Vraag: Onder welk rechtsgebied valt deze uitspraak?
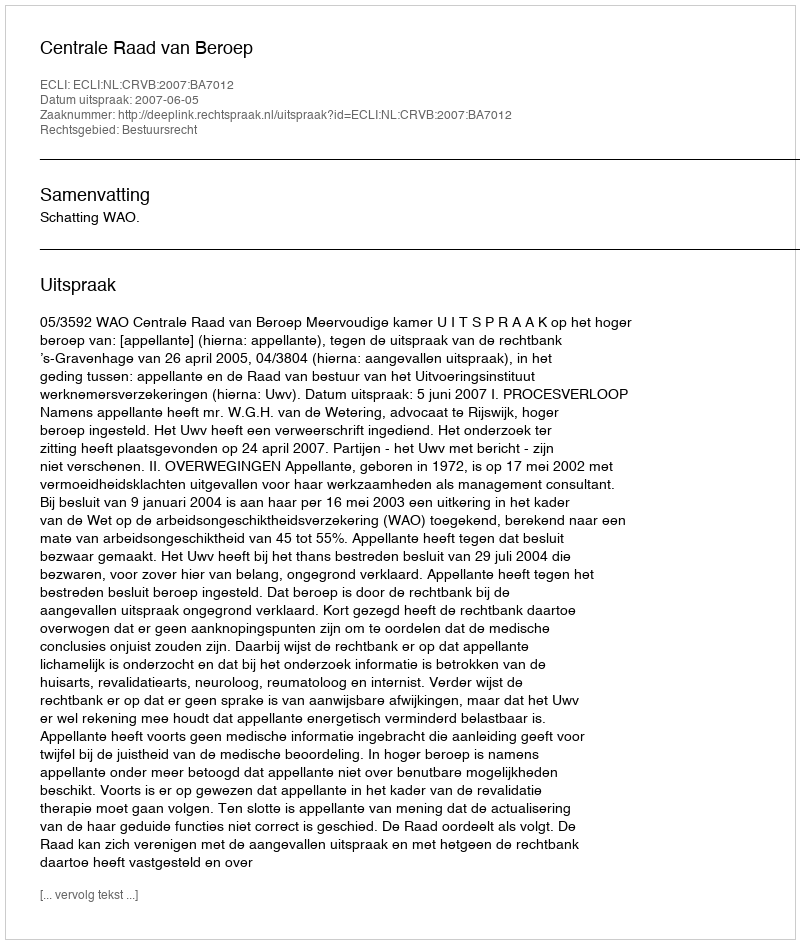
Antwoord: Bestuursrecht